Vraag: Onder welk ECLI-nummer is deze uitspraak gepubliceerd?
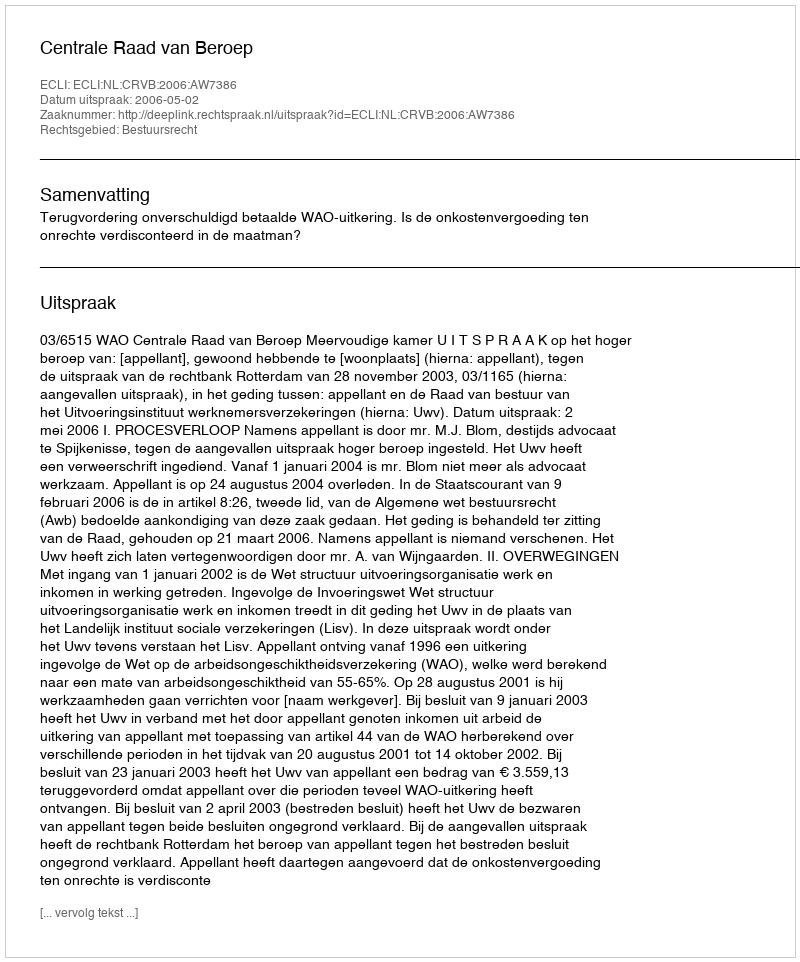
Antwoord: ECLI:NL:CRVB:2006:AW7386